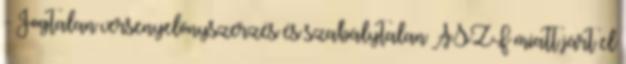
- Jogtalan versenyelőnyszerzés és szabálytalan ÁSZF miatt járt el